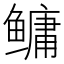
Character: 鳙